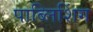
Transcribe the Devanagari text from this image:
पाब्लिशिंग